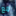
مع